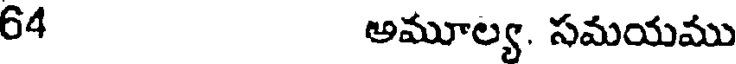
64 అమూల్య. సమయము